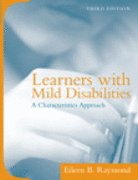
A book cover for Learners with Mild Disabilities: A Characteristics Approach [With Access Code]; Eileen B. Raymond; Health, Fitness & Dieting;